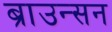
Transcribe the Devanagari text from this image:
ब्राउन्सन